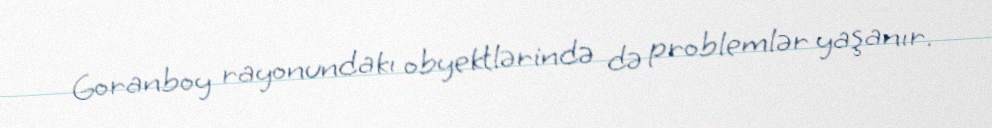
Goranboy rayonundakı obyektlərində də problemlər yaşanır.